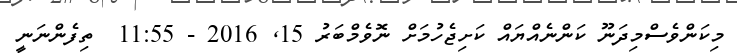
މިކަންވެސްމިދަނޫ ކަންނެއްޔައް ކަށިޖެހުމަށް ނޮވެމްބަރު 15